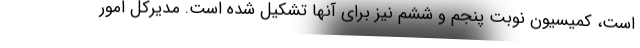
است، کمیسیون نوبت پنجم و ششم نیز برای آنها تشکیل شده است. مدیرکل امور